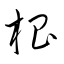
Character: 椙